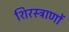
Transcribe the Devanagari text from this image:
शिरस्त्राणों